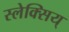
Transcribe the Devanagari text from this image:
स्लेक्सिय्